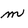
Character: m